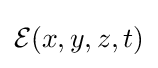
{\cal {E}}(x,y,z,t)